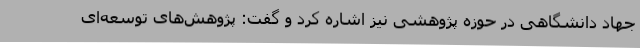
جهاد دانشگاهی در حوزه پژوهشی نیز اشاره کرد و گفت: پژوهش‌های توسعه‌ای